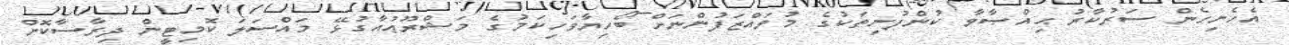
އެހެނިހެން ސަރުކާރު ޙިއްޞާވާ ކުންފުނިތަކުގެ މުވައްޒަފުންނަށް ބޯހިޔާވަހިކަމުގެ މަޝްރޫޢުއާގުޅޭ މައްސަލަ ކޮމިޓީން ދިރާސާކޮށް